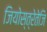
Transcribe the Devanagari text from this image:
जियोस्त्रेतेजि